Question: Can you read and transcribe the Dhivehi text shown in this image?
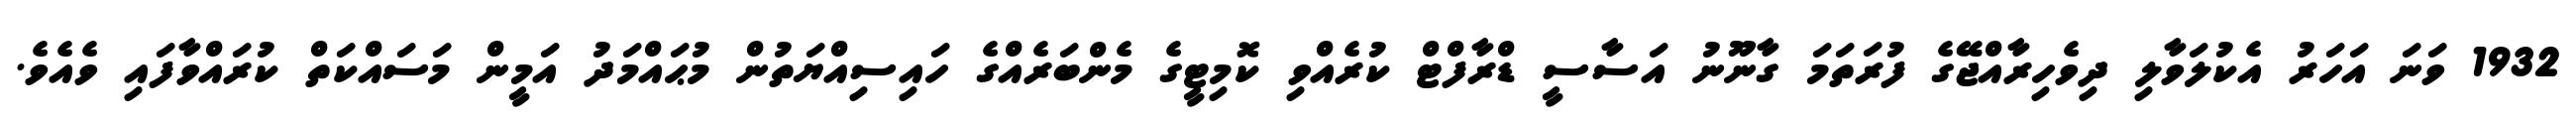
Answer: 1932 ވަނަ އަހަރު އެކުލަވާލި ދިވެހިރާއްޖޭގެ ފުރަތަމަ ގާނޫނު އަސާސީ ޑްރާފްޓް ކުރެއްވި ކޮމިޓީގެ މެންބަރެއްގެ ހައިސިއްޔަތުން މުޙައްމަދު އަމީން މަސައްކަތް ކުރައްވާފައި ވެއެވެ.